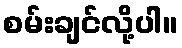
စမ်းချင်လို့ပါ။